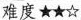
难度★★☆